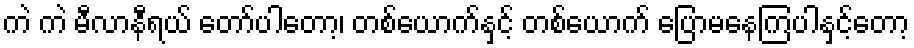
ကဲ ကဲ မီလာနီရယ် တော်ပါတော့၊ တစ်ယောက်နှင့် တစ်ယောက် ပြောမနေကြပါနှင့်တော့